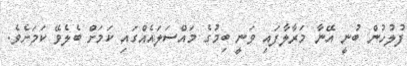
ފުލުހުން ބުނީ އޭނާ މަރާލާފައި ވަނީ ބިމުގެ މައްސަލައެއްގައި ކަމަށް ބެލެވޭ ކަމަށެވެ.